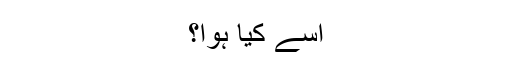
اسے کیا ہوا؟